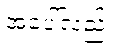
အပေါ်လည်း